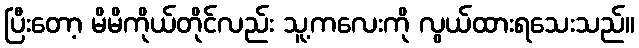
ပြီးတော့ မိမိကိုယ်တိုင်လည်း သူ့ကလေးကို လွယ်ထားရသေးသည်။